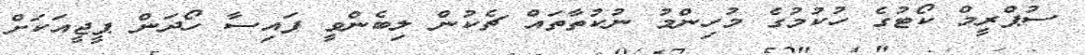
ސުޕްރީމް ކޯޓުގެ ހުކުމުގެ މުހިންމު ނުކުތާތައް ޗެކުން ލިބެންވީ ފައިސާ ހޯދަން ޕީޖީއަކަށް